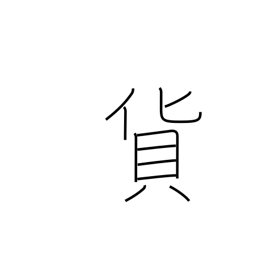
Meaning: freight